Indian journal of veterinary science and animal husbandry - Volume 10,
Year: 1940
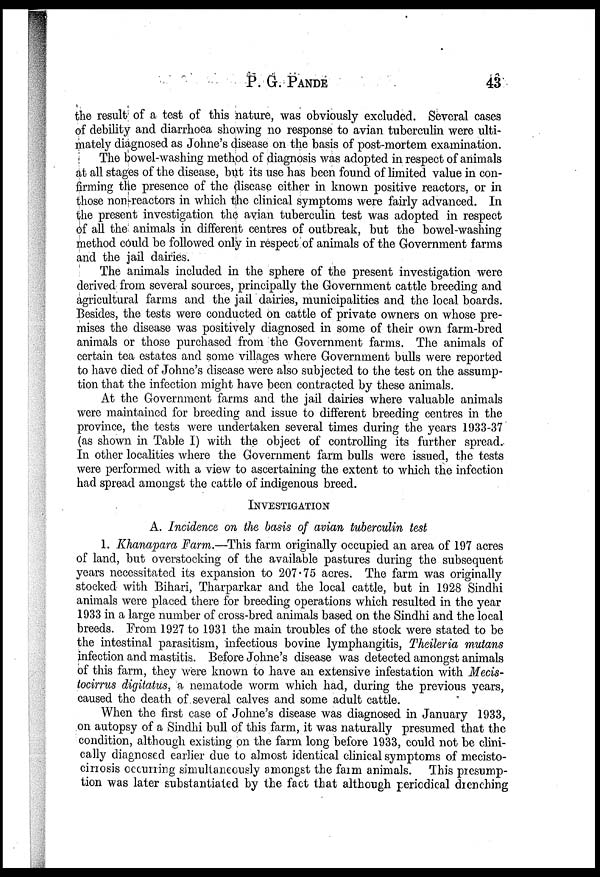
P. G.
PANDE
43
the result of a test of this nature, was obviously excluded. Several cases
of debility and diarrhoea showing no response to avian tuberculin were ulti-
mately diagnosed as Johne's disease on the basis of post-mortem examination.
The bowel-washing method of diagnosis was adopted in respect of animals
at all stages of the disease, but its use has been found of limited value in con-
firming the presence of the disease either in known positive reactors, or in
those non-reactors in which the clinical symptoms were fairly advanced. In
the present investigation the avian tuberculin test was adopted in respect
of all the animals in different centres of outbreak, but the bowel-washing
method could be followed only in respect of animals of the Government farms
and the jail dairies.
The animals included in the sphere of the present investigation were
derived from several sources, principally the Government cattle breeding and
agricultural farms and the jail dairies, municipalities and the local boards.
Besides, the tests were conducted on cattle of private owners on whose pre-
mises the disease was positively diagnosed in some of their own farm-bred
animals or those purchased from the Government farms. The animals of
certain tea estates and some villages where Government bulls were reported
to have died of Johne's disease were also subjected to the test on the assump-
tion that the infection might have been contracted by these animals.
At the Government farms and the jail dairies where valuable animals
were maintained for breeding and issue to different breeding centres in the
province, the tests were undertaken several times during the years 1933-37
(as shown in Table I) with the object of controlling its further spread.
In other localities where the Government farm bulls were issued, the tests
were performed with a view to ascertaining the extent to which the infection
had spread amongst the cattle of indigenous breed.
INVESTIGATION
A. Incidence on the basis of avian tuberculin test
1. Khanapara Farm.—This farm originally occupied an area of 197 acres
of land, but overstocking of the available pastures during the subsequent
years necessitated its expansion to 207.75 acres. The farm was originally
stocked with Bihari, Tharparkar and the local cattle, but in 1928 Sindhi
animals were placed there for breeding operations which resulted in the year
1933 in a large number of cross-bred animals based on the Sindhi and the local
breeds. From 1927 to 1931 the main troubles of the stock were stated to be
the intestinal parasitism, infectious bovine lymphangitis, Theileria mutans
infection and mastitis. Before Johne's disease was detected amongst animals
of this farm, they were known to have an extensive infestation with Mecis¬
tocirrus digitatus, a nematode worm which had, during the previous years,
caused the death of several calves and some adult cattle.
When the first case of Johne's disease was diagnosed in January 1933,
on autopsy of a Sindhi bull of this farm, it was naturally presumed that the
condition, although existing on the farm long before 1933, could not be clini-
cally diagnosed earlier due to almost identical clinical symptoms of mecisto¬
cirrosis occurring simultaneously amongst the farm animals. This presump-
tion was later substantiated by the fact that although periodical drenching